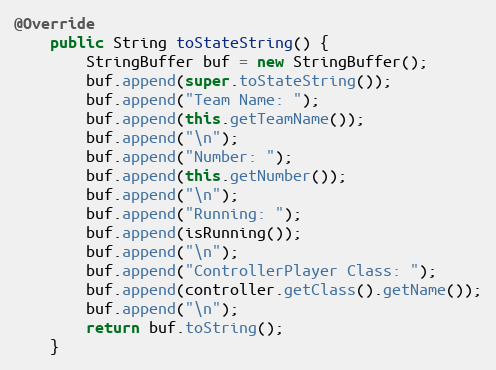
Language: Java
@Override
    public String toStateString() {
        StringBuffer buf = new StringBuffer();
        buf.append(super.toStateString());
        buf.append("Team Name: ");
        buf.append(this.getTeamName());
        buf.append("\n");
        buf.append("Number: ");
        buf.append(this.getNumber());
        buf.append("\n");
        buf.append("Running: ");
        buf.append(isRunning());
        buf.append("\n");
        buf.append("ControllerPlayer Class: ");
        buf.append(controller.getClass().getName());
        buf.append("\n");
        return buf.toString();
    }